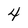
Character: 4